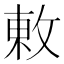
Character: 𢽬